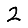
Digit: 2